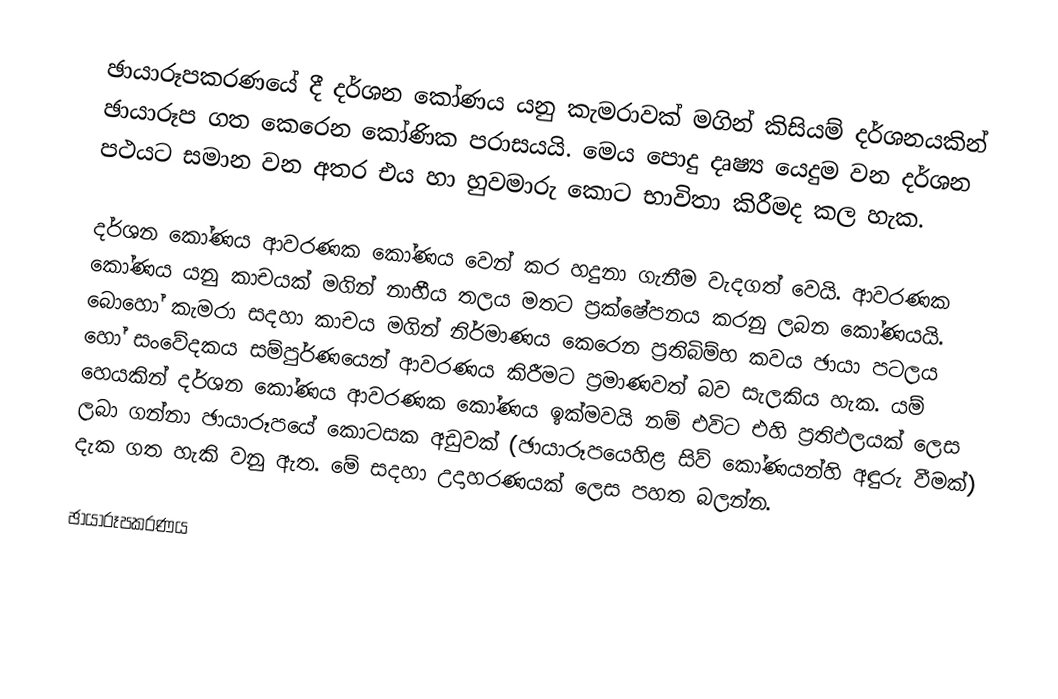
ඡායාරූපකරණයේ දී දර්ශන කෝණය යනු කැමරාවක් මගින් කිසියම් දර්ශනයකින් ඡායාරූප ගත කෙරෙන කෝණික පරාසයයි. මෙය පොදු දෘෂ්‍ය යෙදුම වන දර්ශන පථයට සමාන වන අතර එය හා හුවමාරු කොට භාවිතා කිරීමද කල හැක.

දර්ශන කෝණය ආවරණක කෝණය වෙන් කර හදුනා ගැනීම වැදගත් වෙයි. ආවරණක කෝණය යනු කාචයක් මගින් නාභීය තලය මතට ප්‍රක්ෂේපනය කරනු ලබන කෝණයයි. බොහෝ කැමරා සදහා කාචය මගින් නිර්මාණය කෙරෙන ප්‍රතිබිම්භ කවය ඡායා පටලය හෝ සංවේදකය සම්පුර්ණයෙන් ආවරණය කිරීමට ප්‍රමාණවත් බව සැලකිය හැක. යම් හෙයකින් දර්ශන කෝණය ආවරණක කෝණය ඉක්මවයි නම් එවිට එහි ප්‍රතිඵලයක් ලෙස ලබා ගන්නා ඡායාරූපයේ කොටසක අඩුවක් (ඡායාරූපයෙහිළ සිව් කෝණයන්හි අඳුරු වීමක්) දැක ගත හැකි වනු ඇත. මේ සදහා උදාහරණයක් ලෙස පහත බලන්න.

ඡායාරූපකරණය